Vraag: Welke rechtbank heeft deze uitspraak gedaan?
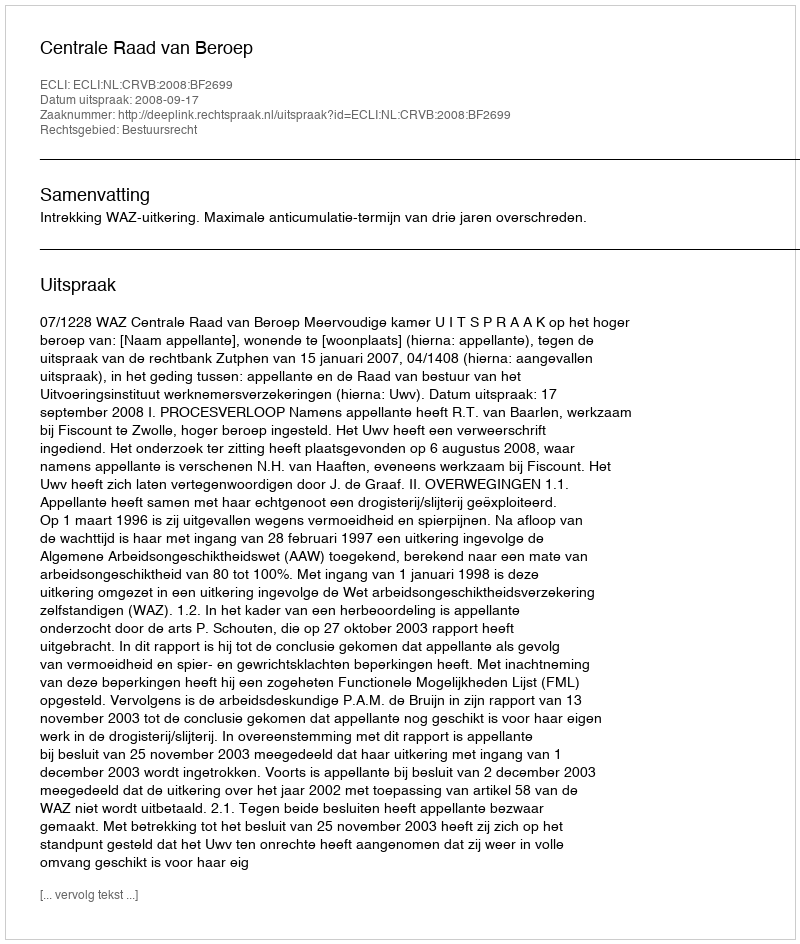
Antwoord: Centrale Raad van Beroep